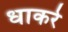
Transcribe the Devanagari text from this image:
धाकरे